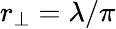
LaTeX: r_{\perp}=\lambda/\pi